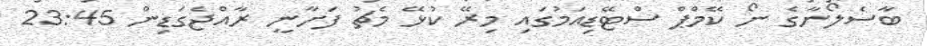
ބާސެލޯނާގެ ނޯ ކޭމްޕް ސްޓޭޑިއަމުގައި މިރޭ ކުޅޭ މެޗު ފަށާނީ ރާއްޖެގަޑިން 23:45